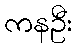
ကနဦး